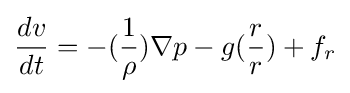
{\frac {dv}{dt}}=-({\frac {1}{\rho }})\nabla p-g({\frac {r}{r}})+f_{r}